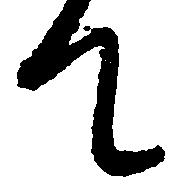
て